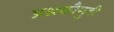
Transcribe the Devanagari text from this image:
प्रश्नकौमुदी